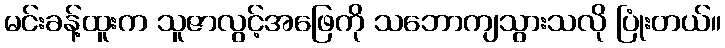
မင်းခန့်ထူးက သူဇာလွင့်အဖြေကို သဘောကျသွားသလို ပြုံးတယ်။